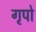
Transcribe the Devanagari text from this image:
गृपो